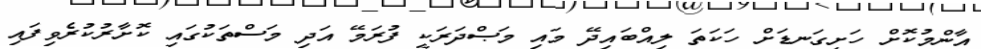
އާންމުކޮށް ހަށިގަނޑަށް ހަކަތަ ލިއްބައިދޭ މައި މަޞްދަރަކީ ފުރަމޭ އަދި މަސްތަކުގައި ކޮށާރުކުރެވިފައި